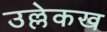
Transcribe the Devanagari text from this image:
उल्लेकख